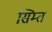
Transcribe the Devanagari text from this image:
सिम्त